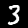
Digit: 3